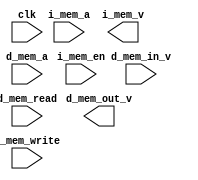
//1kB
//offset 256


/*
Memory-Module for Class SingleCycleComputer (SCC)
*/
module Mem_Module (
    clk,

    i_mem_a,            //instruction mem addressing
    i_mem_v,            //instruction mem (read only)
    i_mem_en,           //instruction control

    d_mem_a,            //data mem addressing
    d_mem_out_v, d_mem_in_v, //data mem IO busses
    d_mem_write, d_mem_read //data mem control
);


/* BY THE BOOK: SCC ISA states...
"Instruction and Address Width
	Like ARMv8, instructions have a fixed width of 32-bits, and the addressing space in memory is 32-bits."
*/
parameter INSTRUCTION_ADDRESS_SIZE = 31;
parameter INSTRUCTION_SIZE = 31; //bit depth

parameter DATA_ADDRESS_SIZE = 31; //fixed by ISA
parameter DATA_SIZE = 31; //data bit-depth

	input clk;

    //to read Instructions
	input       [31:0] i_mem_a;         // Instruction memory address
    output reg  [31:0] i_mem_v;         // Instruction memory value
    input       i_mem_en;               // Instruction memory read enable

    //adressing data
    input   [31:0] d_mem_a;             // Data memory address
    
    //to read Data
    input   d_mem_read;                 //indicate data read
    output reg  [31:0] d_mem_out_v;     // Data memory write value
 
    //to write Data
	input   d_mem_write;                // indicate data write
    input   d_mem_in_v;                 // data memory write value

    
endmodule